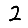
Digit: 2